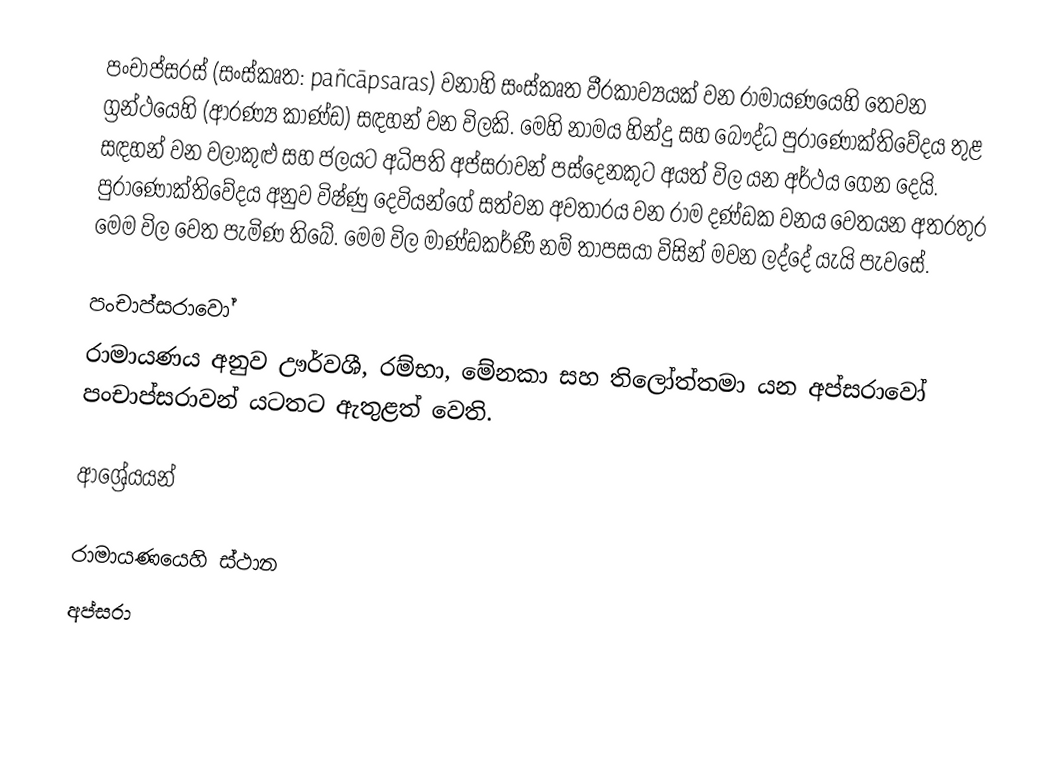
පංචාප්සරස් (සංස්කෘත: pañcāpsaras) වනාහි සංස්කෘත වීරකාව්‍යයක් වන රාමායණයෙහි තෙවන ග්‍රන්ථයෙහි (ආරණ්‍ය කාණ්ඩ) සඳහන් වන විලකි. මෙහි නාමය හින්දු සහ බෞද්ධ පුරාණෝක්තිවේදය තුළ සඳහන් වන වලාකුළු සහ ජලයට අධිපති අප්සරාවන් පස්දෙනකුට අයත් විල යන අර්ථය ගෙන දෙයි. පුරාණෝක්තිවේදය අනුව විෂ්ණු දෙවියන්ගේ සත්වන අවතාරය වන රාම දණ්ඩක වනය වෙතයන අතරතුර මෙම විල වෙත පැමිණ තිබේ.  මෙම විල මාණ්ඩකර්ණී නම් තාපසයා විසින් මවන ලද්දේ යැයි පැවසේ.

පංචාප්සරාවෝ
රාමායණය අනුව ඌර්වශී, රම්භා, මේනකා සහ තිලෝත්තමා යන අප්සරාවෝ පංචාප්සරාවන් යටතට ඇතුළත් වෙති.

ආශ්‍රේයයන්

රාමායණයෙහි ස්ථාන
අප්සරා